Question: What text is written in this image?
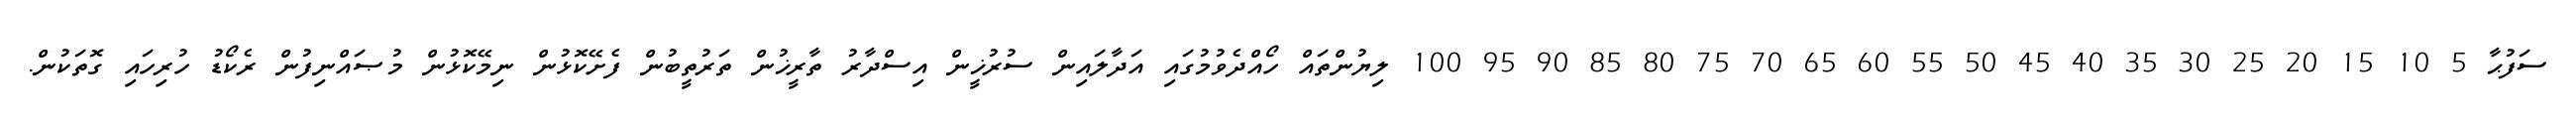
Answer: ސަފުޙާ 5 10 15 20 25 30 35 40 45 50 55 60 65 70 75 80 85 90 95 100 ލިޔުންތައް ހޯއްދެވުމުގައި އަދާލައިން ސުރުޚީން އިސްދާރު ތާރީޚުން ތަރުތީބުން ފެށޭކޮޅުން ނިމޭކޮޅުން މުޞައްނިފުން ރެކޯޑު ހުރިހައި ގޮތަކުން.